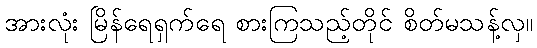
အားလုံး မြိန်ရေရှက်ရေ စားကြသည့်တိုင် စိတ်မသန့်လှ။